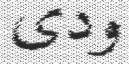
ودى